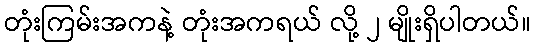
တုံးကြမ်းအကနဲ့ တုံးအကရယ် လို့ ၂ မျိုးရှိပါတယ်။